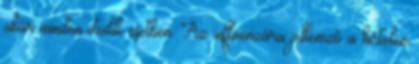
akár minden ötödik esetben. Az influenzára jellemző a hirtelen